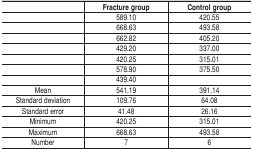
|  | Fracture group | Control group |
 | --- | --- | --- |
 |  | 589.10 | 420.55 |
 |  | 668.63 | 493.58 |
 |  | 662.82 | 405.20 |
 |  | 429.20 | 337.00 |
 |  | 420.25 | 315.01 |
 |  | 578.90 | 375.50 |
 |  | 439.40 |  |
 | Mean | 541.19 | 391.14 |
 | Standarddeviation | 109.76 | 64.08 |
 | Standarderror | 41.48 | 26.16 |
 | Minimum | 420.25 | 315.01 |
 | Maximum | 668.63 | 493.58 |
 | Number | 7 | 6 |